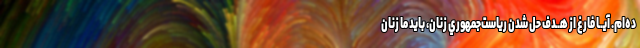
ده‌ام. آيــا فارغ از هــدف حل شدن رياست‌جمهوري زنان، بايد ما زنان